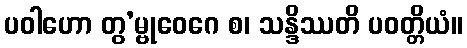
ပဝါဟော တွ’မ္ဗုဝေဂေ စ၊ သန္ဒိဿတိ ပဝတ္တိယံ။